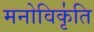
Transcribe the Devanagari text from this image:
मनोविकृ॑ति